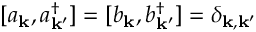
[ a _ { \bf k } , a _ { \bf k ^ { \prime } } ^ { \dagger } ] = [ b _ { \bf k } , b _ { \bf k ^ { \prime } } ^ { \dagger } ] = \delta _ { \bf k , k ^ { \prime } } \,